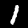
Label: 1